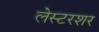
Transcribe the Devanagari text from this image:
लेस्टरशर